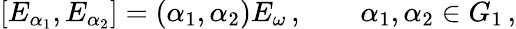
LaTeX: [E_{\alpha_{1}},E_{\alpha_{2}}]=(\alpha_{1},\alpha_{2})E_{\omega}\, ,\qquad\alpha_{1},\alpha_{2}\in G_{1}\, ,